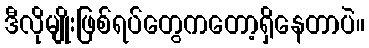
ဒီလိုမျိုးဖြစ်ရပ်တွေကတော့ရှိနေတာပဲ။